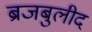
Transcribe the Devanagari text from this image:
ब्रजबुलीद